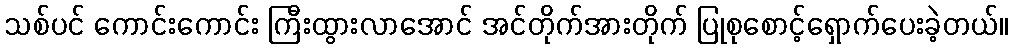
သစ်ပင် ကောင်းကောင်း ကြီးထွားလာအောင် အင်တိုက်အားတိုက် ပြုစုစောင့်ရှောက်ပေးခဲ့တယ်။